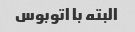
البته با اتوبوس